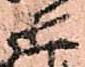
巴